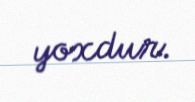
yoxdur.